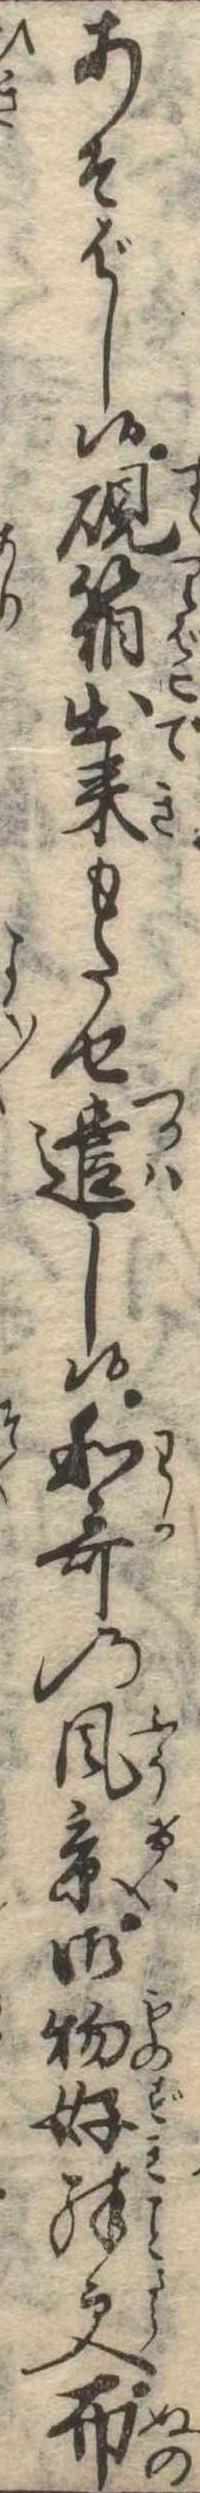
あそばし候硯箱出来もたせ遣し候和歌の風景御物好殊更布